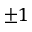
\pm 1